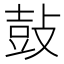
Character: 鼔